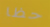
حظا